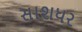
સાશધર